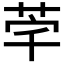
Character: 𮎸